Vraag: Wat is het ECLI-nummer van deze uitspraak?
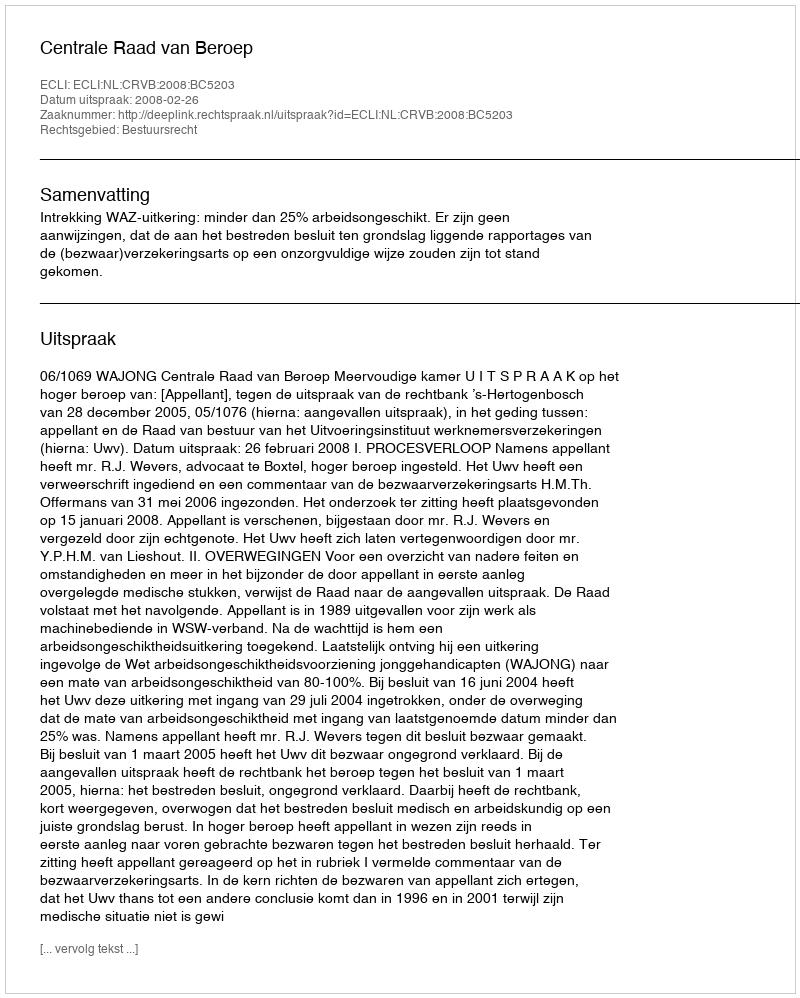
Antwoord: ECLI:NL:CRVB:2008:BC5203